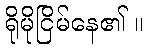
ရိုမိုငြိမ်နေ၏ ။